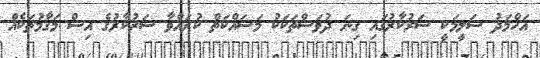
އަހްމަދު ސަލީމަކީ ސަރުކާރުގައި ގިނަ ދުވަސްތަކަކު މަސައްކަތް ކުރައްވާ ސަރުކާރުގެ އިސް މަގާމުތަކެއް